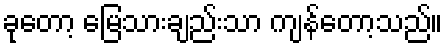
ခုတော့ မြေသားချည်းသာ ကျန်တော့သည်။